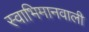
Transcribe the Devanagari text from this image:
स्वाभिमानवाली